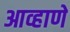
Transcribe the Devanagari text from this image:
आव्हाणे